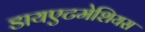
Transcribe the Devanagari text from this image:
डायएटमेशियस